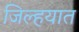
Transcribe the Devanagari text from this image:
जिल्‍हयात